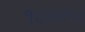
૧૬૨૦૧૫